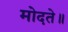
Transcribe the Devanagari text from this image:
मोदते॥